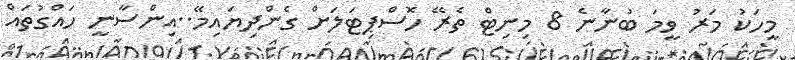
މީހަކު މަރު ވީމަ ބުނާނެ 8 މިނިޓް ތެރޭ ހޮސްޕިޓަލަށް ގެންދިޔައިމޭ..އިންސާނީ ހައްގުތައް